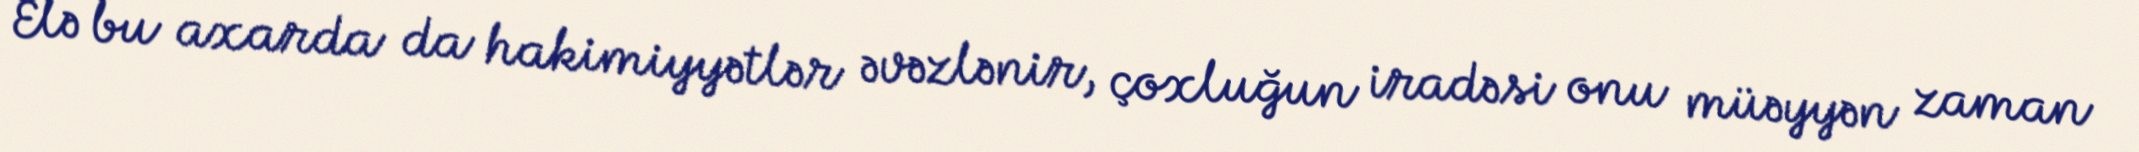
Elə bu axarda da hakimiyyətlər əvəzlənir, çoxluğun iradəsi onu müəyyən zaman